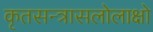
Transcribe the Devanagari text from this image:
कृतसन्त्रासलोलाक्षो